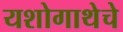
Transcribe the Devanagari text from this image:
यशोगाथेचे